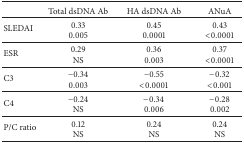
|  | Total dsDNA Ab | HA dsDNA Ab | ANuA |
 | --- | --- | --- | --- |
 | SLEDAI | 0.33 0.005 | 0.450.0001 | 0.43<0.0001 |
 | ESR | 0.29NS | 0.360.003 | 0.37<0.0001 |
 | C3 | −0.340.003 | −0.55<0.0001 | −0.32<0.001 |
 | C4 | −0.24NS | −0.340.006 | −0.280.002 |
 | P/C ratio | 0.12NS | 0.24NS | 0.24NS |